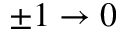
\pm 1 \rightarrow 0